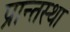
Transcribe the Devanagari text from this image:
प्रान्तस्था